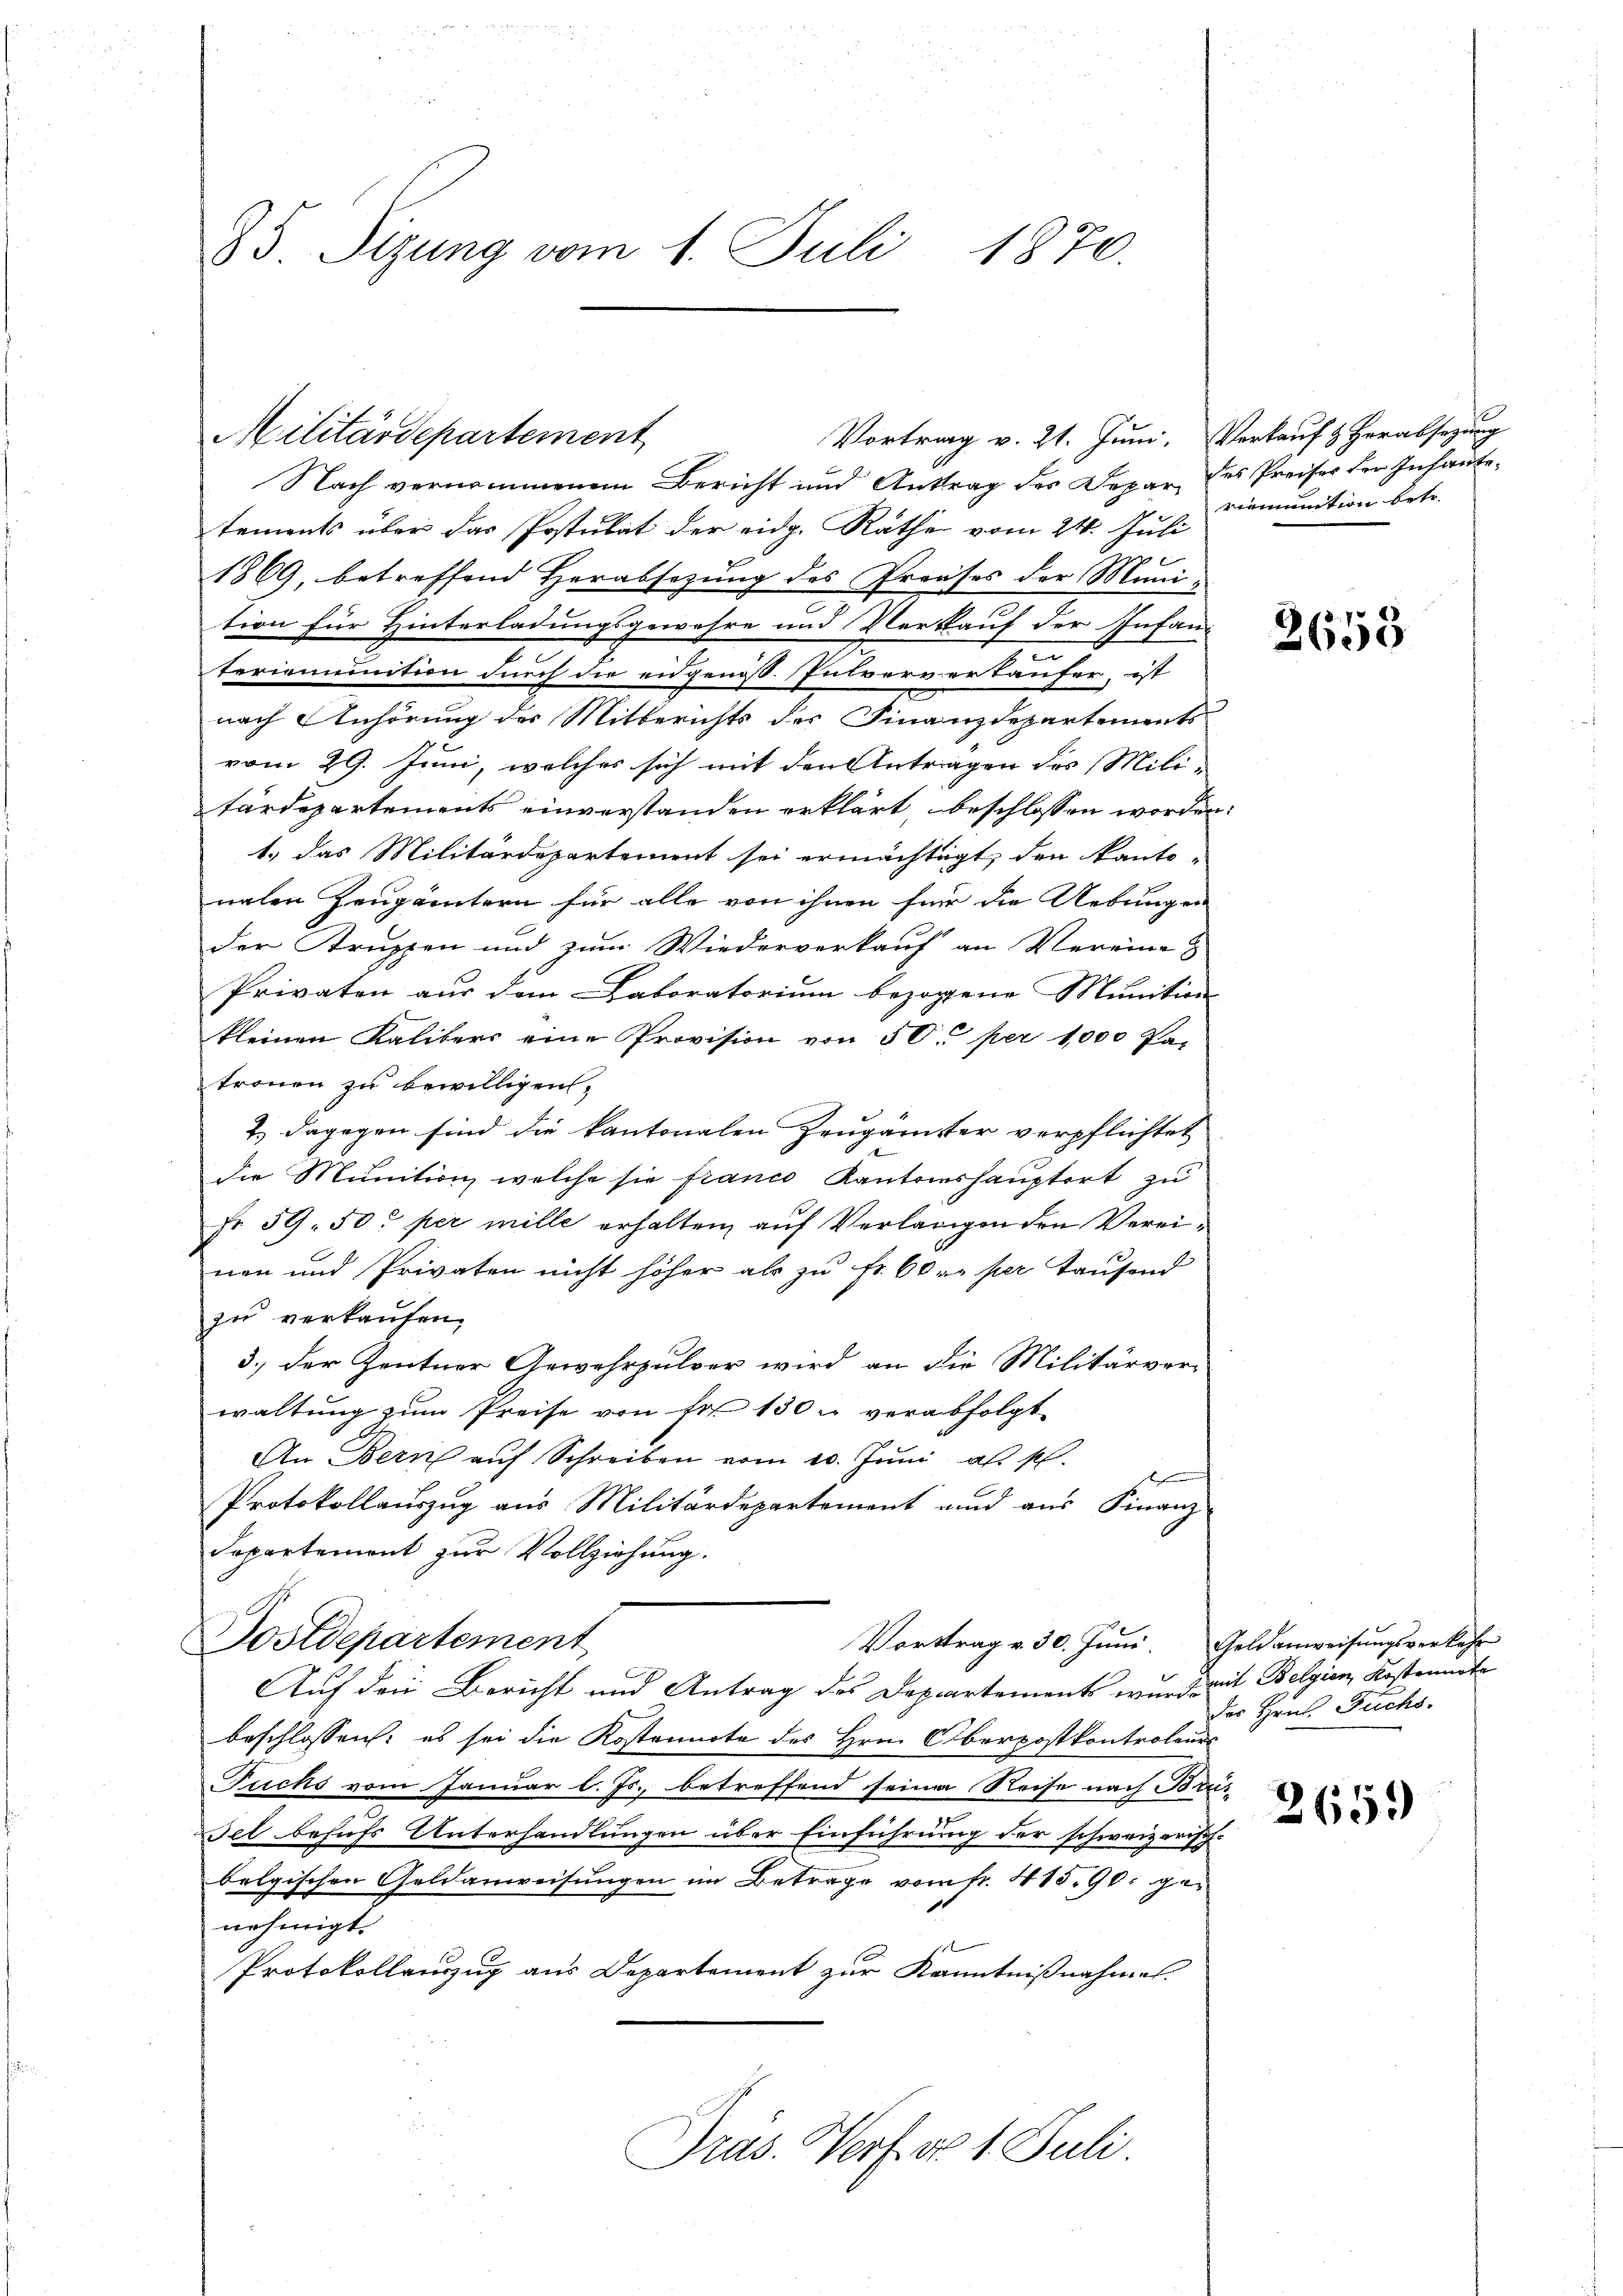
85 Sizung vom 1. Juli 1870.

Militärdepartement

Vortrag v. 21. Juni. Verkauf & Herabsezung

f
Nach vernommenem Bericht und Antrag des Depar des Preises der Infantetements über das Postulat der eidg. Rathe vom 24. Juli
1869, betreffend Herabsetzung des Praeses der Muni-
tion für Hinterladungsgewehre und Verkauf der Infan-
.
n
teriennention durch die eidgenöss. Pulververtäufer, ist
nach Anhörung des Mitberichts der Finanzdepartements
vom 29. Juni, welches sich mit den Anträgen des Mili-
tärdepartements einverstanden erklärt, beschlossen worden:
1.) das Militärdepartement sei ermächtigt, den kanto-
nalen Zeugamtern für alle von ihnen für die Uebungen
der Struppen und zum Wiederverkauf an Vereine
Privaten aus dem Laboratorium bezogene Munition
kleinen Kalibers eine Provision von 50 per 1000 Pa-
tronen zu bewilligen.
2.) Dagegen sind die kantonalen Zeugamister verpflichtet
die Munition, welche sie franco Kantonshauptort zu
Fr. 59. 50 per mille erhalten, auf Verlangen den Vereinen und Privaten nicht höher als zu Fr. 60 an per taufend
zu verkaufen.
3.) Der Zentner Gewehrpulver wird an die Militärverwaltung zum Preise von Fr. 130 u. verabfolgt.
An Bern auf Schreiben vom 20. Juni als pl
Protokollauszug aus Militärdepartement und aus Finanz
Departement zur Vollziehung.
Sostdepartement
Vorttrag v. 30. Juni. Geldanweisungsverkehr
Auf den Bericht und Antrag des Departements wurde mit Belgien Kostenmate
beschlossen: es sei die Kostennote des Hrn. Oberpostkontroleurs
Fuchs vom Januar l. Js. betreffend seine Reise nach Brus
Fel behufs Unterhandlungen über Einführung der schweizerisch-
belgischen Geldanweisungen im Betrage vom fr. 415,90 genehmigt.
Protokollauszug aus Departement zur Kenntnißnahmen.
Pras. Vorf d 1. Juli.

vermunition betr.

2655

des Hrn. Fuchs.

2659